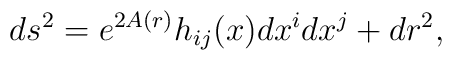
ds^{2} = e^{2 A (r)}h_{ij} (x) dx^{i} dx^{j} + dr^{2},